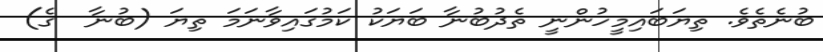
ބުނެތެވެ. ތިޔަބައިމީހުންނީ ތެދުބުނާ ބަޔަކު ކަމުގައިވާނަމަ ތިޔަ (ބުނާ  ގެ)